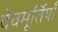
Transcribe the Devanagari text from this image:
देवमूर्तियाँ